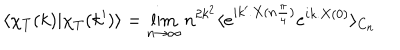
LaTeX: \langle \chi _ { T } ( k ) | \chi _ { T } ( k ^ { \prime } ) \rangle = \lim _ { n \to \infty } n ^ { 2 k ^ { 2 } } \langle e ^ { i k ^ { \prime } . X ( n \frac { \pi } { 4 } ) } e ^ { i k . X ( 0 ) } \rangle _ { C _ { n } }